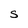
Character: S